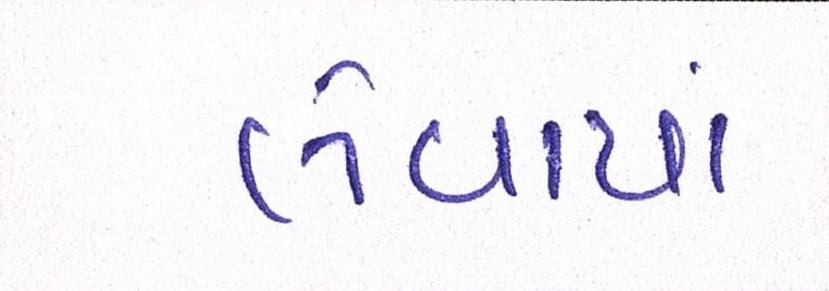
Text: લેવાયાં